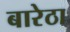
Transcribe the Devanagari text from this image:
बारेठा